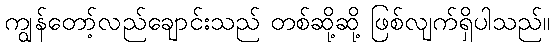
ကျွန်တော့်လည်ချောင်းသည် တစ်ဆို့ဆို့ ဖြစ်လျက်ရှိပါသည်။